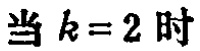
当 \(k = 2\) 时